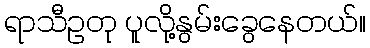
ရာသီဥတု ပူလို့နွမ်းခွေနေတယ်။